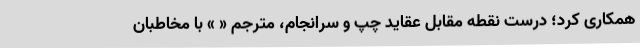
همکاری کرد؛ درست نقطه مقابل عقاید چپ و سرانجام، مترجم « » با مخاطبان